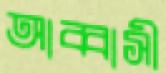
আব্বাসী